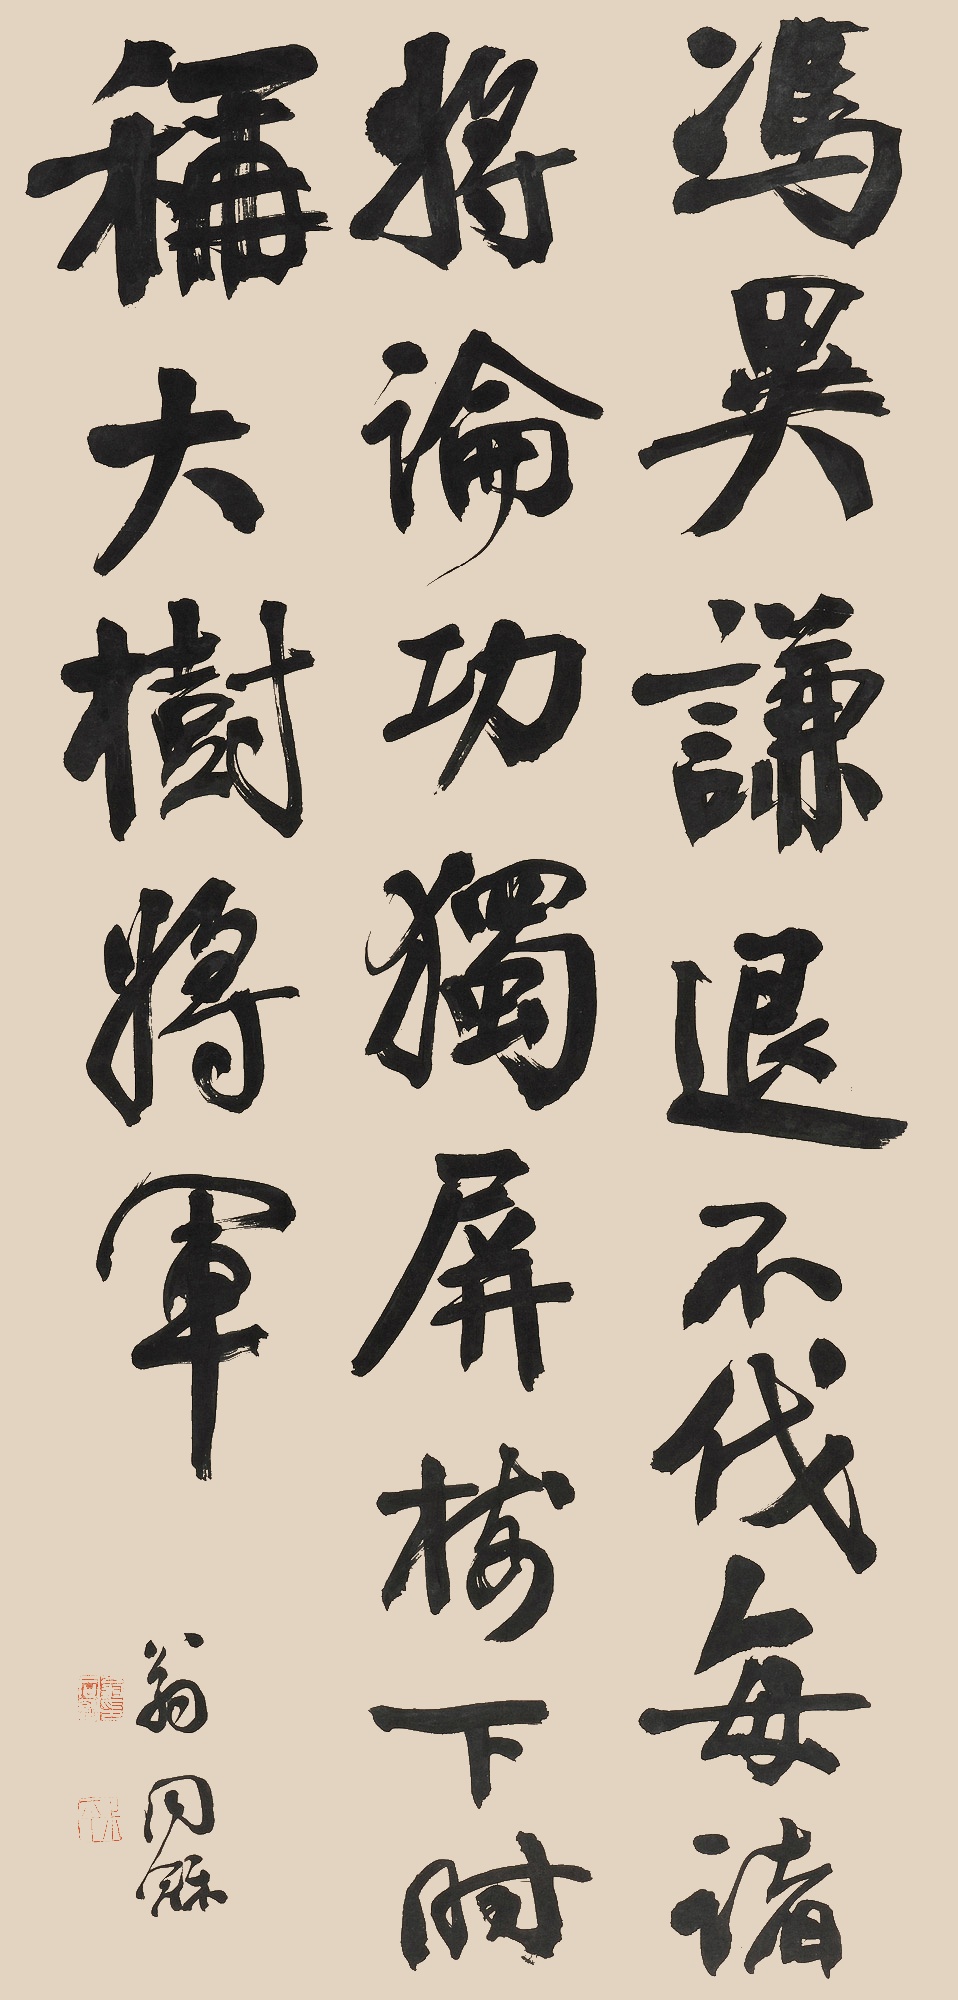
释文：冯异谦退不伐，每诸将论功，独屏树下，时称大树将军。翁同龢。